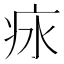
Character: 㽷